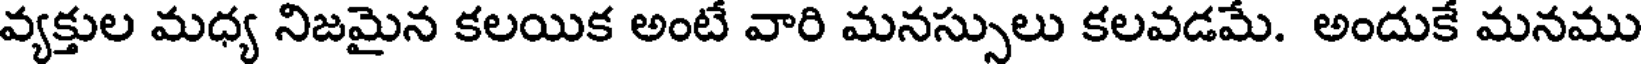
వ్యక్తుల మధ్య నిజమైన కలయిక అంటే వారి మనస్సులు కలవడమే. అందుకే మనము